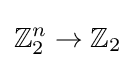
\mathbb {Z} _{2}^{n}\to \mathbb {Z} _{2}